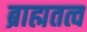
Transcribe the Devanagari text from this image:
ब्राह्मतत्व